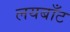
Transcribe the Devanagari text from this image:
लयबाँट